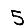
Digit: 5